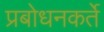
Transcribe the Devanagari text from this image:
प्रबोधनकर्ते